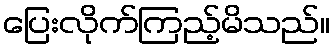
ပြေးလိုက်ကြည့်မိသည်။